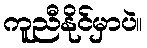
ကူညီနိုင်မှာပဲ။